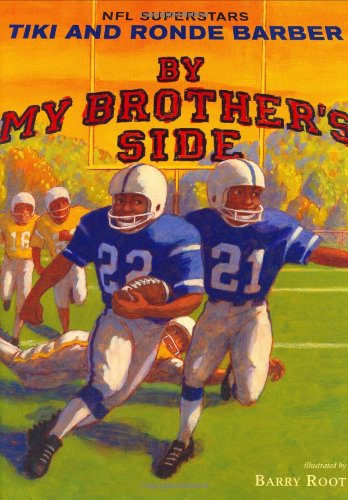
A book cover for By My Brother's Side; Tiki Barber; Children's Books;